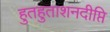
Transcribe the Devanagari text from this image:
हुतहुताशनदीप्ति